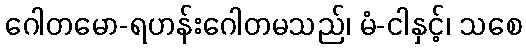
ဂေါတမော-ရဟန်းဂေါတမသည်၊ မံ-ငါနှင့်၊ သစေ